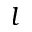
l